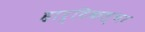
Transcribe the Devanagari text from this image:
हार्टिकल्चर